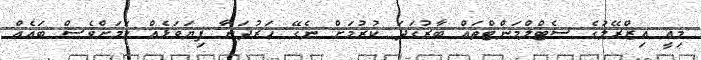
މިއީ އިޒްރޭލުގެ ސެޓްލްމަންޓްތައް ބާރުގަދަ ކުރުމަށް ނެގޭ ހަރުދަނާ ފިޔަވަޅެއް ކަމަށްވެސް ބައެއް